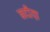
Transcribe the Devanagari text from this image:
नदीय़ा